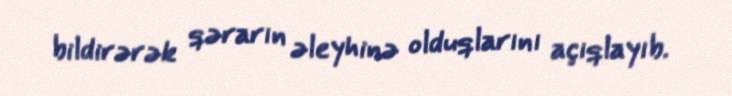
bildirərək qərarın əleyhinə olduqlarını açıqlayıb.